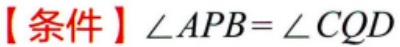
【条件】\(\angle APB = \angle CQD\)